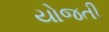
યોજતી